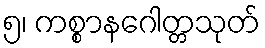
၅၊ ကစ္စာနဂေါတ္တသုတ်